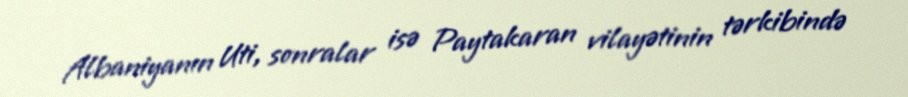
Albaniyanın Uti, sonralar isə Paytakaran vilayətinin tərkibində